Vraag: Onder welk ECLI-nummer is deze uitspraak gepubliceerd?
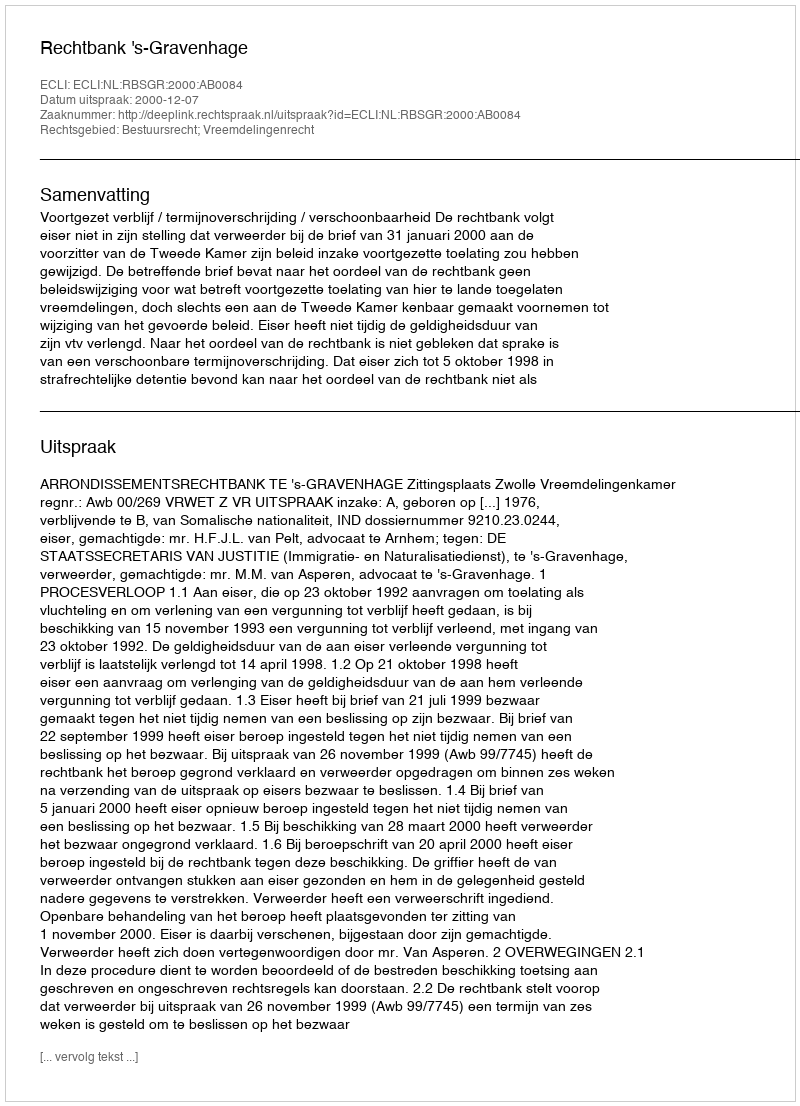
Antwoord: ECLI:NL:RBSGR:2000:AB0084